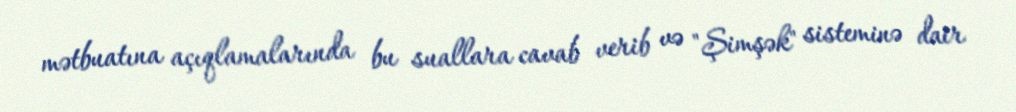
mətbuatına açıqlamalarında bu suallara cavab verib və "Şimşək" sisteminə dair